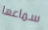
سماعها